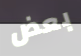
بعض